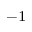
^ { - 1 }